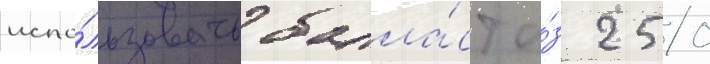
испо́льзовать балла́ст и́з 250